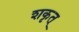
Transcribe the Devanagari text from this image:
शकृत्